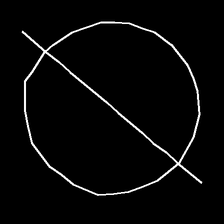
Glyph: orb